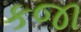
કજા